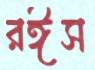
রঈস